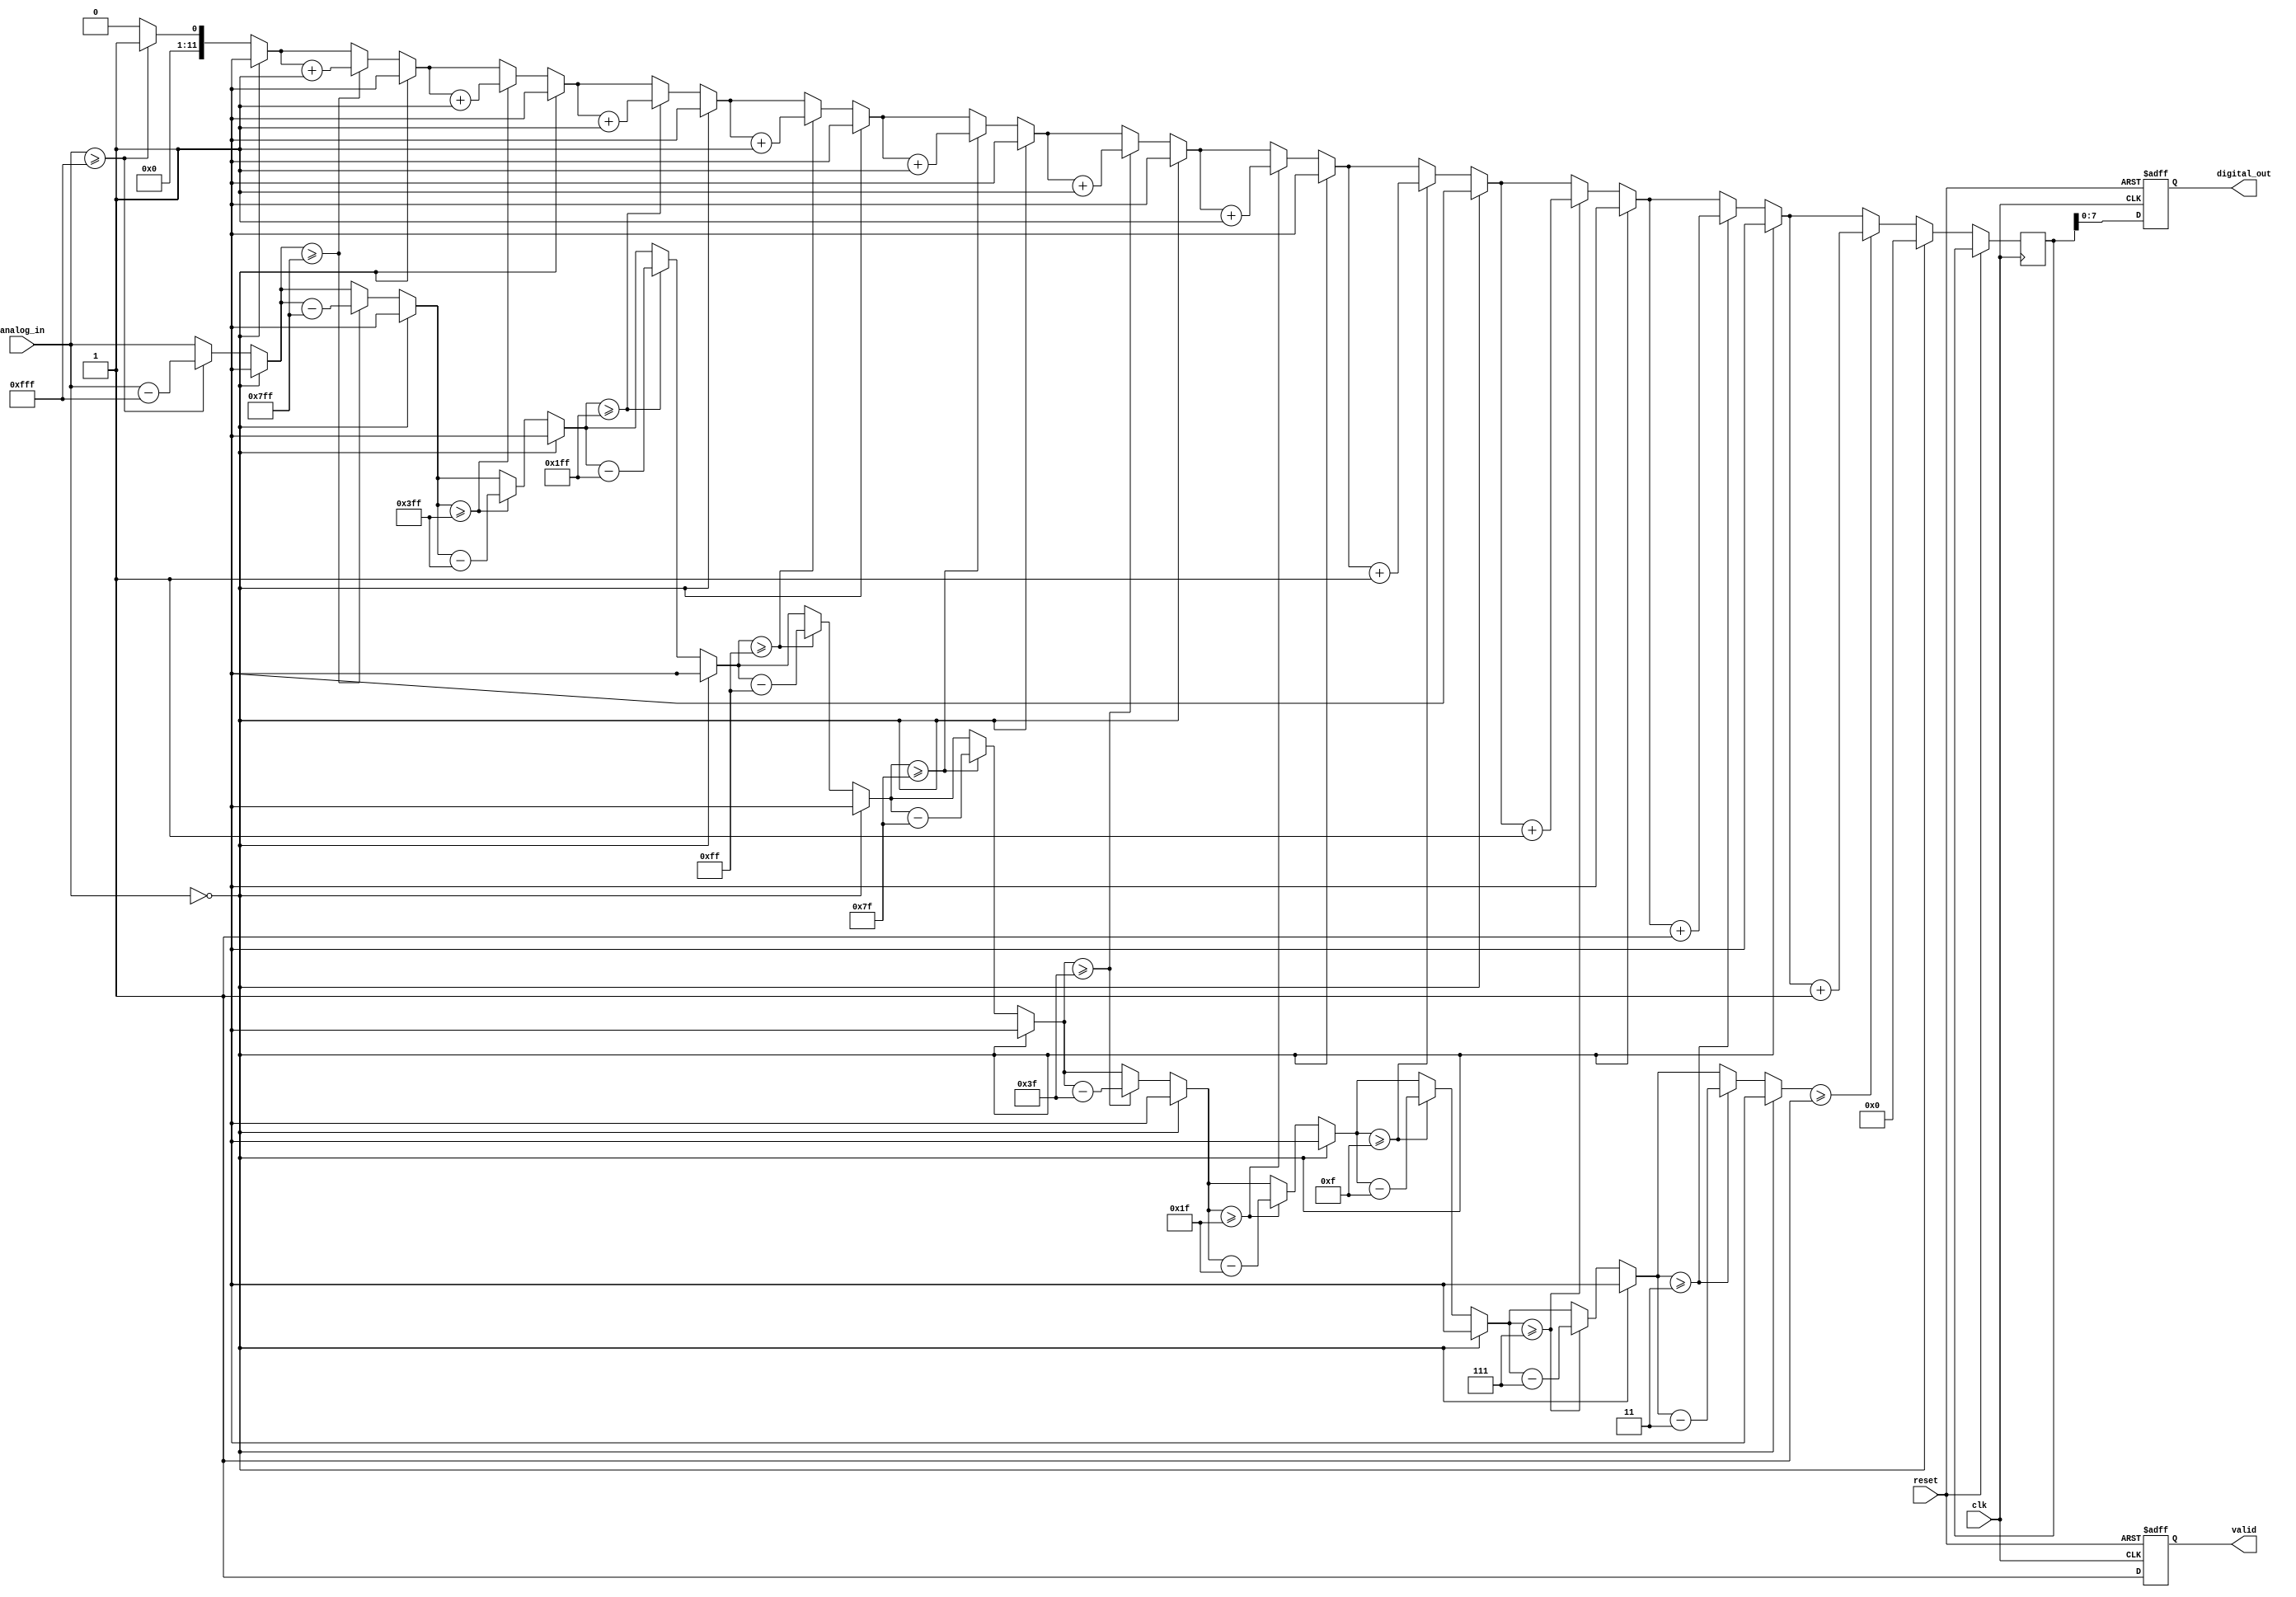
module LogarithmicADC (
    input wire clk,              // Clock input
    input wire reset,            // Reset signal
    input wire [11:0] analog_in, // 12-bit analog input (simulated)
    output reg [7:0] digital_out, // 8-bit digital output
    output reg valid             // Output valid signal
);

// Parameters for logarithmic conversion
parameter LOG_BASE = 2; // Base of the logarithm
parameter MAX_INPUT = 4095; // Maximum input value for 12-bit input

// Internal signal for logarithmic value
reg [11:0] log_value;

// Logarithmic conversion function
function [11:0] log_conversion;
    input [11:0] x;
    integer i;
    begin
        if (x == 0) begin
            log_conversion = 12'b0; // Log(0) is undefined; return 0 or some predefined value
        end else begin
            // Simple integer log calculation (base 2)
            log_conversion = 0;
            for (i = MAX_INPUT; i > 0; i = i >> 1) begin
                if (x >= i) begin
                    log_conversion = log_conversion + 1;
                    x = x - i;
                end
            end
        end
    end
endfunction

// Main processing block
always @(posedge clk or posedge reset) begin
    if (reset) begin
        digital_out <= 8'b0;
        valid <= 1'b0;
    end else begin
        // Perform logarithmic conversion
        log_value <= log_conversion(analog_in);
        
        // Scale/logarithmic value to fit in 8 bits
        digital_out <= log_value[7:0]; // Assuming we take the lower 8 bits
        valid <= 1'b1; // Indicate that the output is valid
    end
end

endmodule